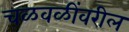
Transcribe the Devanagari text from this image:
चळवळींवरील